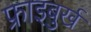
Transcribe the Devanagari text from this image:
फ्राइबुर्ख